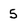
Character: 5